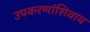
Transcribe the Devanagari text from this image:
उपकरणांशिवाय